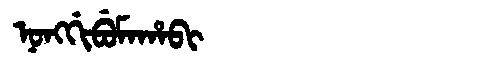
Manchu: ᠨᠣᠩᡤᡳᠪᡠᠮᠠᡥᠠᠪᡳ
Romanization: NONGGIBUMAHABI